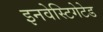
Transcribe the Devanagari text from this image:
इनवेस्टिगेटेड